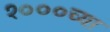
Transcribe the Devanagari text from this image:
१०००च्या